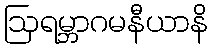
ဩရမ္ဘာဂမနီယာနိ